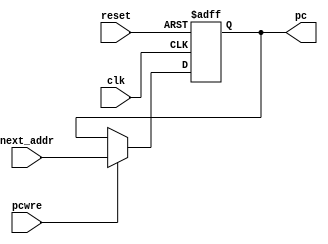
`timescale 1ns / 1ps
//////////////////////////////////////////////////////////////////////////////////
// Company: 
// Engineer: 
// 
// Design Name: 
// Module Name: pc
// Project Name: 
// Target Devices: 
// Tool Versions: 
// Description: 
// 
// Dependencies: 
// 
// Revision:
// Revision 0.01 - File Created
// Additional Comments:
// 
//////////////////////////////////////////////////////////////////////////////////


module pc(
    input clk,//
    input reset,//
    input [31:0] next_addr,//next_addr
    input pcwre,//pcwre0PC1PC
    output reg [31:0] pc//pc 
    );
    always @(negedge reset, posedge clk)//reset
    begin
        if(reset == 0) pc <= 0;// reset = 0 -> pc
        else if(pcwre) pc <= next_addr;//reset != 0, pcwre = 1 -> pc 
    end
endmodule